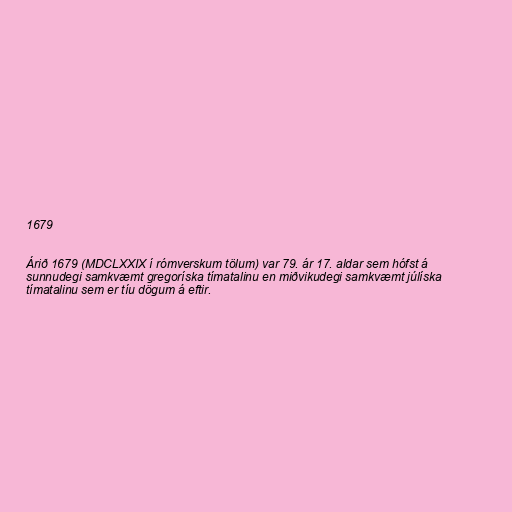
1679

Árið 1679 (MDCLXXIX í rómverskum tölum) var 79. ár 17. aldar sem hófst á
sunnudegi samkvæmt gregoríska tímatalinu en miðvikudegi samkvæmt júlíska
tímatalinu sem er tíu dögum á eftir.